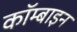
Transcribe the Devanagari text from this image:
कॉम्बाइन